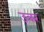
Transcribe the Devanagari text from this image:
उत्रर